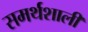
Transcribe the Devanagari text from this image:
समर्थशाली